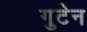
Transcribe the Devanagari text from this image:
गुटेन